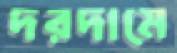
দরদামে